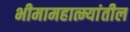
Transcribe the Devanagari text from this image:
भीमामहात्म्यांतील